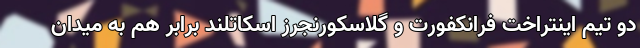
دو تیم اینتراخت فرانکفورت و گلاسکورنجرز اسکاتلند برابر هم به میدان